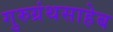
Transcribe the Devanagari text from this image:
गुरुग्रंथसाहेब